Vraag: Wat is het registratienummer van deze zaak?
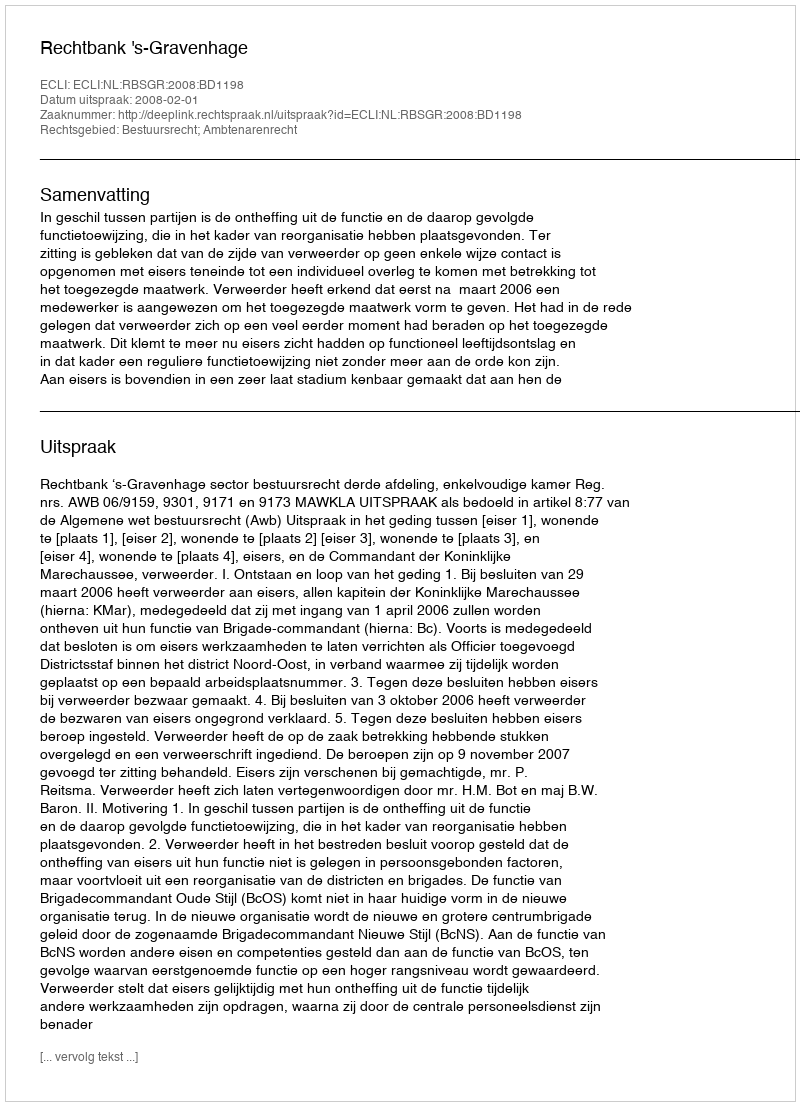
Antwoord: http://deeplink.rechtspraak.nl/uitspraak?id=ECLI:NL:RBSGR:2008:BD1198